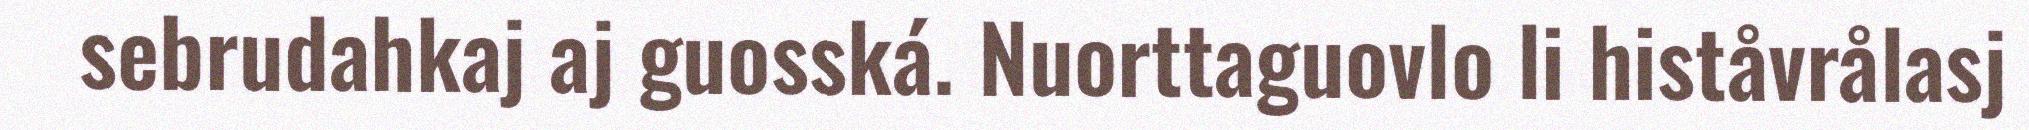
sebrudahkaj aj guosská. Nuorttaguovlo li histåvrålasj